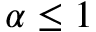
\alpha \leq 1